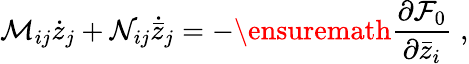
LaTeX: \mathcal M_{ij}\dot{z}_{j}+\mathcal N_{ij}\dot{\bar{z}}_{j}=-\ensuremath{\frac{\partial{\mathcal F}_{0}}{\partial\bar{z}_{i}}}\; ,